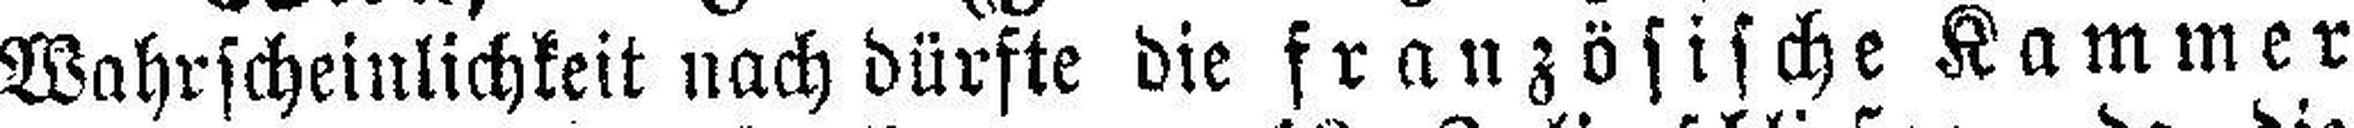
Wahrscheinlichkeit nach dürfte die französische Kammer